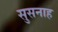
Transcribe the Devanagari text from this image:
सुसनाह